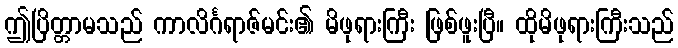
ဤပြိတ္တာမသည် ကာလိင်္ဂရာဇ်မင်း၏ မိဖုရားကြီး ဖြစ်ဖူးပြီ။ ထိုမိဖုရားကြီးသည်